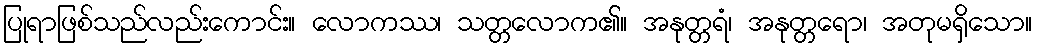
ပြုရာဖြစ်သည်လည်းကောင်း။ လောကဿ၊ သတ္တလောက၏။ အနုတ္တရံ၊ အနုတ္တရော၊ အတုမရှိသော။